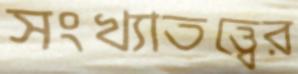
সংখ্যাতত্ত্বের